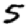
Digit: 5